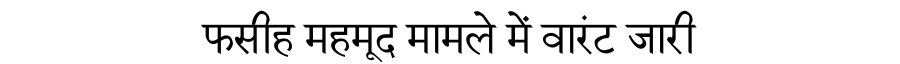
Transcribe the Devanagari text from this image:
फसीह महमूद मामले में वारंट जारी